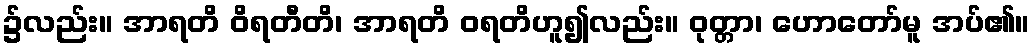
၌လည်း။ အာရတိ ဝိရတီတိ၊ အာရတိ ဝရတိဟူ၍လည်း။ ဝုတ္တာ၊ ဟောတော်မူ အပ်၏။